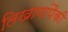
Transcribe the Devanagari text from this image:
लिखाणांपैकी